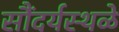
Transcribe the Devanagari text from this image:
सौंदर्यस्थळे